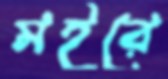
মইরে